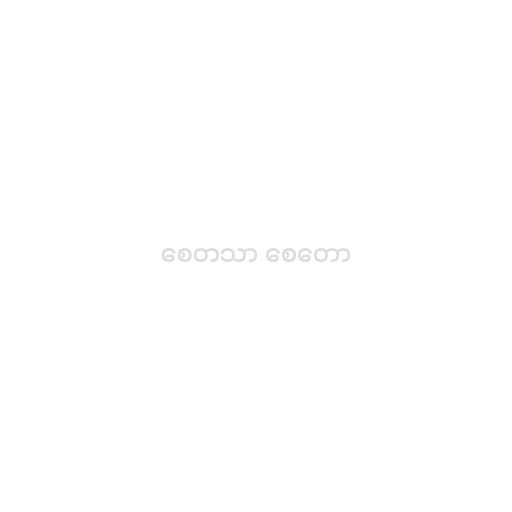
စေတသာ စေတော